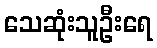
သေဆုံးသူဦးရေ